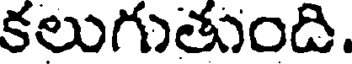
కలుగుతుంది.